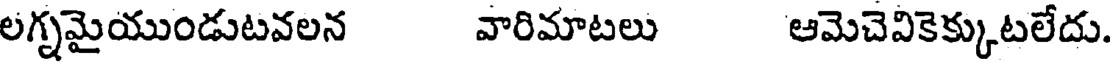
లగ్నమైయుండుటవలన వారిమాటలు ఆమెచెవికెక్కుటలేదు.